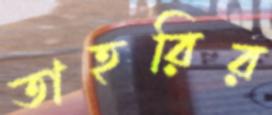
তাহরির